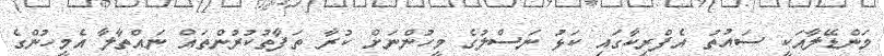
މަންޑޭލާއަކީ ސައުތު އެފްރިކާގައި ކަޅު ނަސްލުގެ މީހުންނަށް ކުރާ ތަފާތުކުރުންތައް ނައްތާލާ އެމީހުންގެ